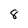
Character: 8